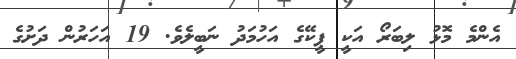
އެންމެ މޮޅު ލިބަރޯ އަކީ ޕީކޭގެ އަހުމަދު ނަބީލެވެ. 19 އަހަރުން ދަށުގެ